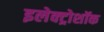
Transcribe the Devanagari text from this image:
इलेक्ट्रोशॉक